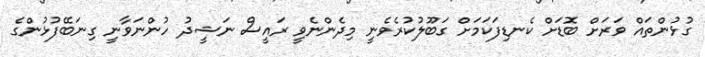
ގުޅުންތައް ވަރަށް ބޮޑަށް ކެނޑިފަކަމަށް ގަބޫލުކުރެވެނީ މިދެންނެވީ ރައީސް ނަޝީދު ހުންނަވާނީ ގިނަބޭފުޅުންގެ